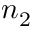
n _ { 2 }